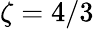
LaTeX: \zeta=4/3